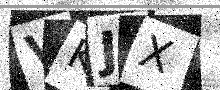
Text: VKJX